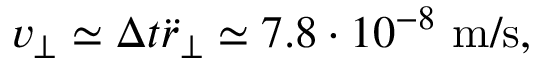
v _ { \perp } \simeq \Delta t \ddot { r } _ { \perp } \simeq 7 . 8 \cdot 1 0 ^ { - 8 } ~ \mathrm { m / s } ,